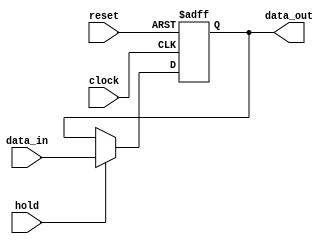
module register_hold (data_in,hold,clock,reset,data_out);
input [3:0] data_in;
input hold;
input clock, reset;
output [3:0] data_out;
reg [3:0] data_out;
always @ (posedge clock or negedge reset)
if (reset == 1'b0)
data_out <= 4'b0;
else if (hold)
data_out <= data_in;
else
data_out <= data_out;
endmodule